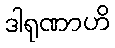
ဒါရုဏာဟိ